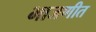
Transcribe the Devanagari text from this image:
भाजणीत